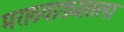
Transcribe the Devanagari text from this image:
मराठवाड्यातला